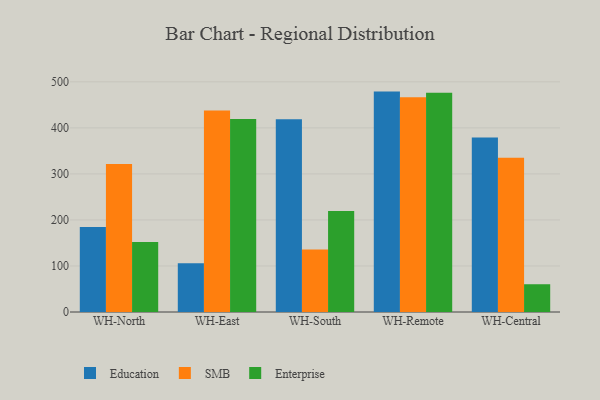
{"axis": {"x": "Warehouse", "y": "Inventory Turnover"}, "legend": ["Education", "Enterprise", "SMB"], "data": [{"x": "WH-North", "y": 184.5, "type": "Education"}, {"x": "WH-North", "y": 321.5, "type": "SMB"}, {"x": "WH-North", "y": 152.2, "type": "Enterprise"}, {"x": "WH-East", "y": 105.8, "type": "Education"}, {"x": "WH-East", "y": 437.5, "type": "SMB"}, {"x": "WH-East", "y": 419.1, "type": "Enterprise"}, {"x": "WH-South", "y": 418.6, "type": "Education"}, {"x": "WH-South", "y": 135.8, "type": "SMB"}, {"x": "WH-South", "y": 219.4, "type": "Enterprise"}, {"x": "WH-Remote", "y": 478.8, "type": "Education"}, {"x": "WH-Remote", "y": 466.3, "type": "SMB"}, {"x": "WH-Remote", "y": 476.1, "type": "Enterprise"}, {"x": "WH-Central", "y": 379.2, "type": "Education"}, {"x": "WH-Central", "y": 335.0, "type": "SMB"}, {"x": "WH-Central", "y": 60.3, "type": "Enterprise"}]}